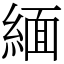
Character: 緬